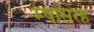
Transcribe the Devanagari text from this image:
म्षासरह